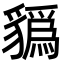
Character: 𧴑